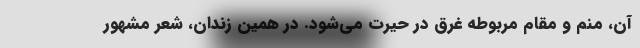
آن، منم و مقام مربوطه غرق در حیرت می‌شود. در همین زندان، شعر مشهور